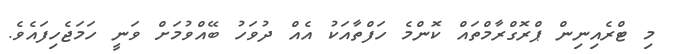
މި ޓްރެއިނިން ޕްރޮގްރާމްތައް ކޮންމެ ހަފްތާއަކު އެއް ދުވަހު ބޭއްވުމަށް ވަނީ ހަމަޖެހިފައެވެ.